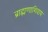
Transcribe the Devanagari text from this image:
ब्राह्मणाशिवाय